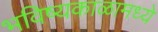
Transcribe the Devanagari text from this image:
भविष्यकाळामध्ये